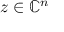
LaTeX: z \in \mathbb { C } ^ { n }